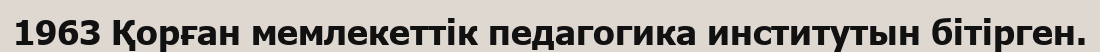
1963 Қорған мемлекеттік педагогика институтын бітірген.